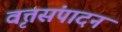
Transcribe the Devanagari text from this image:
वृत्तसंपादन